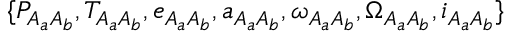
\{ P _ { A _ { a } A _ { b } } , T _ { A _ { a } A _ { b } } , e _ { A _ { a } A _ { b } } , a _ { A _ { a } A _ { b } } , \omega _ { A _ { a } A _ { b } } , \Omega _ { A _ { a } A _ { b } } , i _ { A _ { a } A _ { b } } \}